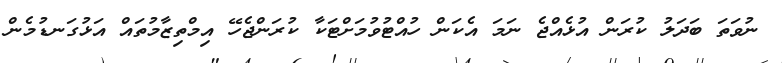
ނުވަތަ ބަދަލު ކުރަން އުޅެއްޖެ ނަމަ އެކަން ހުއްޓުވުމަށްޓަކާ ކުރަންޖެހޭ އިމްތިޒާމުތައް އަޅުގަނޑުމެން